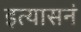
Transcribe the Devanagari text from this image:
इत्यासनं